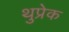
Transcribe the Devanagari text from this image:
थुप्रेक